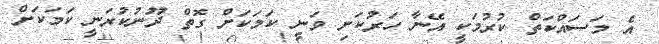
އެ މަސައްކަތް ކުރުމަކީ އޭނާ ހަރުކަށި ވަނީ ކަމަކަށް ގޮތް ދޫނުކުރަނީ ކަމަކަށް